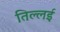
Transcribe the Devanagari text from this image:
तिल्लई